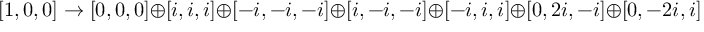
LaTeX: [ 1 , 0 , 0 ] \to [ 0 , 0 , 0 ] \oplus [ i , i , i ] \oplus [ - i , - i , - i ] \oplus [ i , - i , - i ] \oplus [ - i , i , i ] \oplus [ 0 , 2 i , - i ] \oplus [ 0 , - 2 i , i ] .